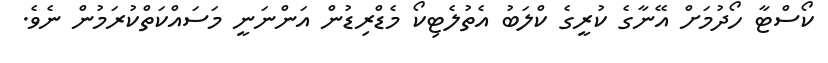
ކޯސްޓާ ހޯދުމަށް އޭނާގެ ކުރީގެ ކްލަބު އެތުލެޓިކޯ މެޑްރިޑުން އަންނަނީ މަސައްކަތްކުރަމުން ނެވެ.